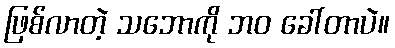
ဖြစ်လာတဲ့ သဘောကို ဘဝ ခေါ်တာပဲ။